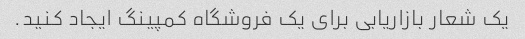
یک شعار بازاریابی برای یک فروشگاه کمپینگ ایجاد کنید.